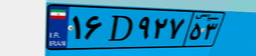
۱۶D۹۲۷۵۳